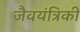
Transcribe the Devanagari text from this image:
जैवयंत्रिकी